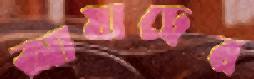
আষাঢ়ের